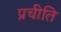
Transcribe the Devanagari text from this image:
प्रचीति